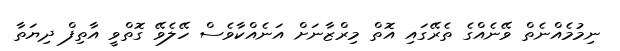
ނިމުމެއްނެތް ވޭނެއްގެ ތެރޭގައި އޮތް މިރްޒާނަށް އަނެއްކާވެސް ހޭލެވޭ ގޮތްވީ އާތިފް ދިޔަތާ